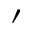
'